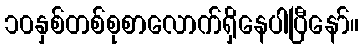
၁၀နှစ်တစ်စုစာလောက်ရှိနေပါပြီနော်။